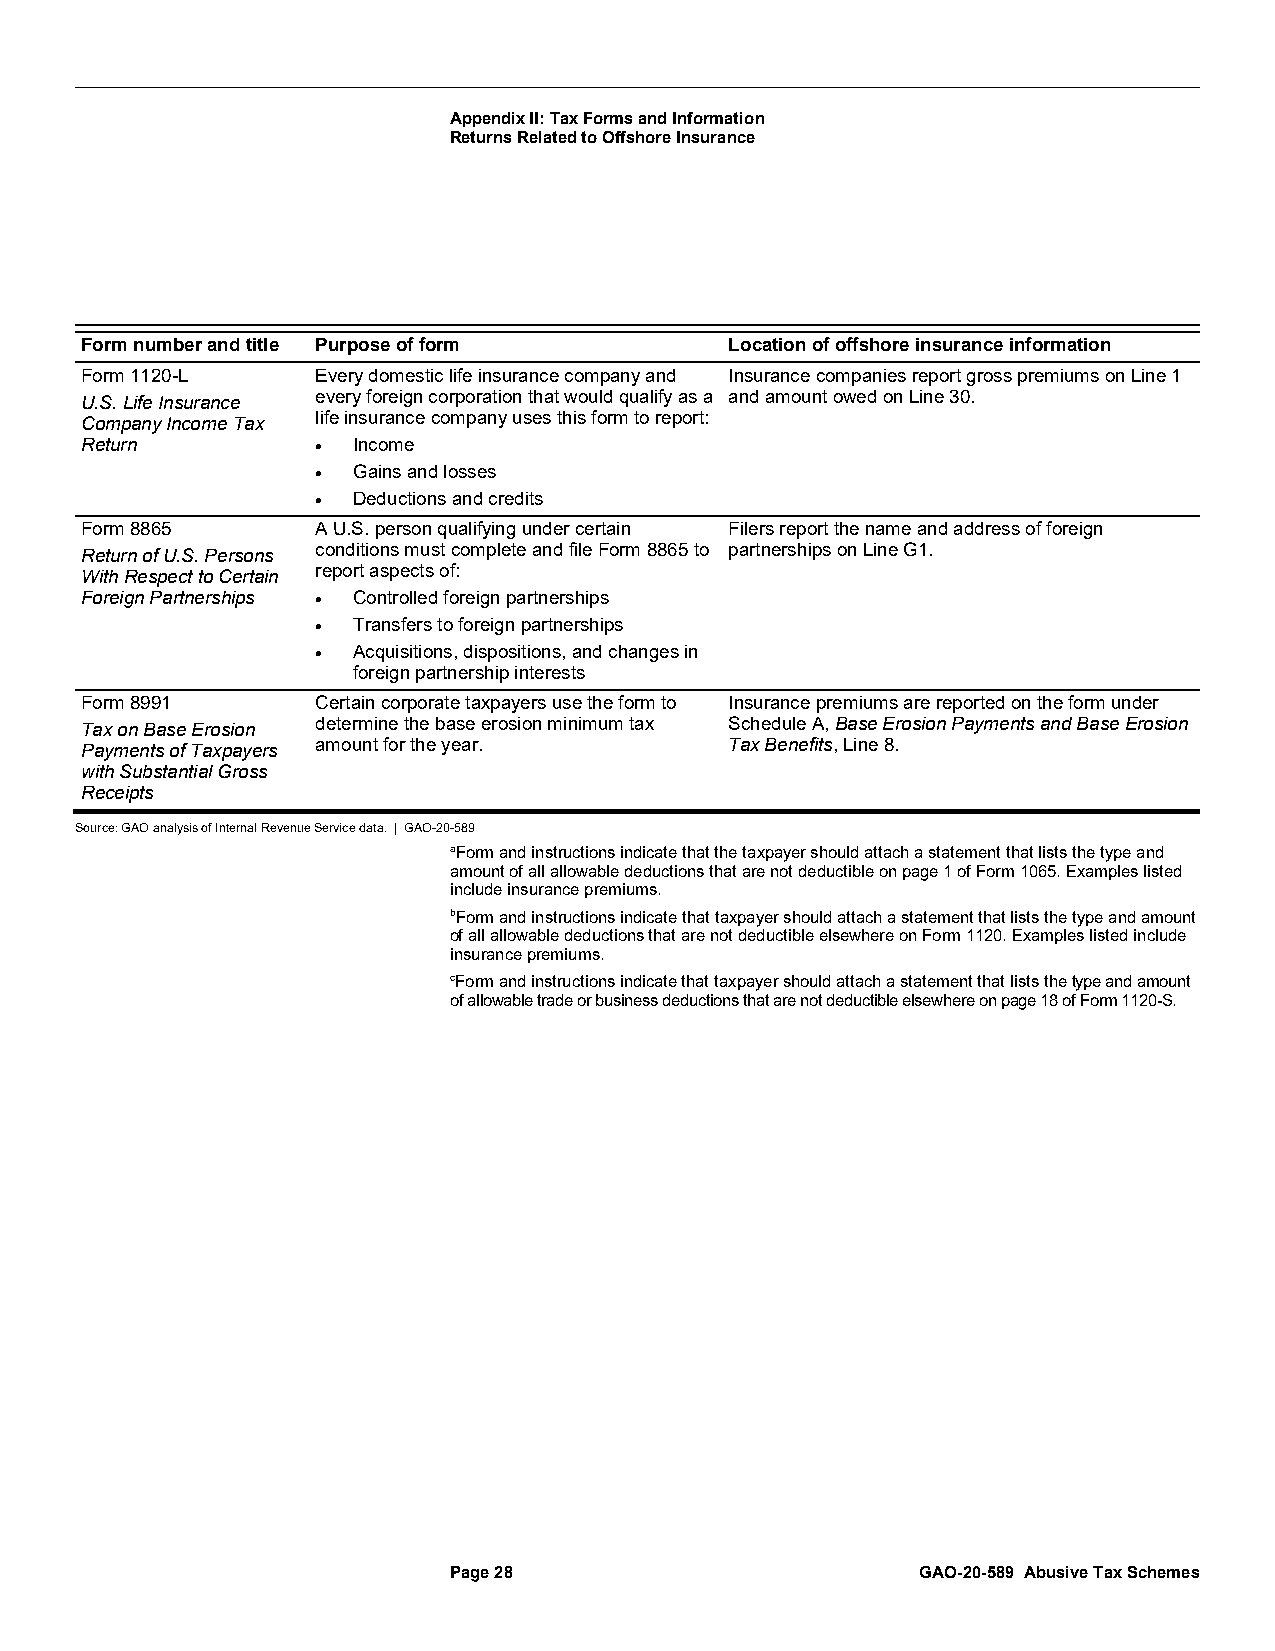
Appendix II: Tax Forms and Information
 Returns Related to Offshore Insurance
 Form number and title Purpose of form      Location of offshore insurance information
 Form 1120-L     Every domestic life insurance company and Insurance companies report gross premiums on Line 1
 U.S. Life Insurance every foreign corporation that would qualify as a and amount owed on Line 30.
 Company Income Tax life insurance company uses this form to report:
 Return          • Income
 • Gains and losses
 • Deductions and credits
 Form 8865       A U.S. person qualifying under certain Filers report the name and address of foreign
 Return of U.S. Persons conditions must complete and file Form 8865 to partnerships on Line G1.
 With Respect to Certain report aspects of:
 Foreign Partnerships • Controlled foreign partnerships
 • Transfers to foreign partnerships
 • Acquisitions, dispositions, and changes in
 foreign partnership interests
 Form 8991       Certain corporate taxpayers use the form to Insurance premiums are reported on the form under
 Tax on Base Erosion determine the base erosion minimum tax Schedule A, Base Erosion Payments and Base Erosion
 Payments of Taxpayers amount for the year. Tax Benefits, Line 8.
 with Substantial Gross
 Receipts
 Source: GAO analysis of Internal Revenue Service data. | GAO-20-589
 aForm and instructions indicate that the taxpayer should attach a statement that lists the type and
 amount of all allowable deductions that are not deductible on page 1 of Form 1065. Examples listed
 include insurance premiums.
 bForm and instructions indicate that taxpayer should attach a statement that lists the type and amount
 of all allowable deductions that are not deductible elsewhere on Form 1120. Examples listed include
 insurance premiums.
 cForm and instructions indicate that taxpayer should attach a statement that lists the type and amount
 of allowable trade or business deductions that are not deductible elsewhere on page 18 of Form 1120-S.
 Page 28                        GAO-20-589 Abusive Tax Schemes